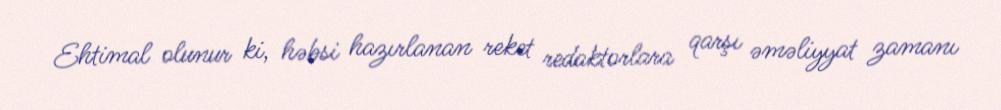
Ehtimal olunur ki, həbsi hazırlanan reket redaktorlara qarşı əməliyyat zamanı